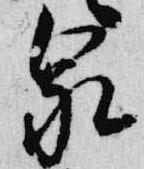
泉